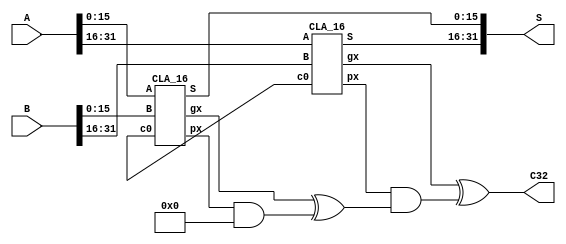
module adder_32bit(A,B,S,C32);
     input [32:1] A;
     input [32:1] B;
     output [32:1] S;
     output C32;

     wire px1,gx1,px2,gx2;
     wire c16;

  CLA_16 CLA1(
      .A(A[16:1]),
        .B(B[16:1]),
        .c0(),
        .S(S[16:1]),
        .px(px1),
        .gx(gx1)
    );

  CLA_16 CLA2(
        .A(A[32:17]),
          .B(B[32:17]),
          .c0(),
          .S(S[32:17]),
          .px(px2),
          .gx(gx2)
    );

  assign c16 = gx1 ^ (px1 && 0), //c0 = 0
         C32 = gx2 ^ (px2 && c16);
endmodule

module CLA_16(A,B,c0,S,px,gx);
    input [16:1] A;
    input [16:1] B;
    input c0;
    output gx,px;
    output [16:1] S;

    wire c4,c8,c12;
    wire Pm1,Gm1,Pm2,Gm2,Pm3,Gm3,Pm4,Gm4;

    adder_4 adder1(
         .x(A[4:1]),
          .y(B[4:1]),
          .c0(c0),
          .c4(),
          .F(S[4:1]),
          .Gm(Gm1),
          .Pm(Pm1)
    );

    adder_4 adder2(
         .x(A[8:5]),
          .y(B[8:5]),
          .c0(c4),
          .c4(),
          .F(S[8:5]),
          .Gm(Gm2),
          .Pm(Pm2)
    );

    adder_4 adder3(
         .x(A[12:9]),
          .y(B[12:9]),
          .c0(c8),
          .c4(),
          .F(S[12:9]),
          .Gm(Gm3),
          .Pm(Pm3)
    );

    adder_4 adder4(
         .x(A[16:13]),
          .y(B[16:13]),
          .c0(c12),
          .c4(),
          .F(S[16:13]),
          .Gm(Gm4),
          .Pm(Pm4)
    );

    assign   c4 = Gm1 ^ (Pm1 & c0),
             c8 = Gm2 ^ (Pm2 & Gm1) ^ (Pm2 & Pm1 & c0),
             c12 = Gm3 ^ (Pm3 & Gm2) ^ (Pm3 & Pm2 & Gm1) ^ (Pm3 & Pm2 & Pm1 & c0);

    assign  px = Pm1 & Pm2 & Pm3 & Pm4,
            gx = Gm4 ^ (Pm4 & Gm3) ^ (Pm4 & Pm3 & Gm2) ^ (Pm4 & Pm3 & Pm2 & Gm1);
endmodule

module adder_4(x,y,c0,c4,F,Gm,Pm);
      input [4:1] x;
      input [4:1] y;
      input c0;
      output c4,Gm,Pm;
      output [4:1] F;

      wire p1,p2,p3,p4,g1,g2,g3,g4;
      wire c1,c2,c3;
      adder adder1(
                 .X(x[1]),
                     .Y(y[1]),
                     .Cin(c0),
                     .F(F[1]),
                     .Cout()
                );

      adder adder2(
                 .X(x[2]),
                     .Y(y[2]),
                     .Cin(c1),
                     .F(F[2]),
                     .Cout()
                );  

      adder adder3(
                 .X(x[3]),
                     .Y(y[3]),
                     .Cin(c2),
                     .F(F[3]),
                     .Cout()
                );

      adder adder4(
                 .X(x[4]),
                     .Y(y[4]),
                     .Cin(c3),
                     .F(F[4]),
                     .Cout()
                );      

        CLA CLA(
            .c0(c0),
            .c1(c1),
            .c2(c2),
            .c3(c3),
            .c4(c4),
            .p1(p1),
            .p2(p2),
            .p3(p3),
            .p4(p4),
            .g1(g1),
            .g2(g2),
            .g3(g3),
            .g4(g4)
        );



  assign   p1 = x[1] ^ y[1],      
           p2 = x[2] ^ y[2],
           p3 = x[3] ^ y[3],
           p4 = x[4] ^ y[4];

  assign   g1 = x[1] & y[1],
           g2 = x[2] & y[2],
           g3 = x[3] & y[3],
           g4 = x[4] & y[4];

  assign Pm = p1 & p2 & p3 & p4,
         Gm = g4 ^ (p4 & g3) ^ (p4 & p3 & g2) ^ (p4 & p3 & p2 & g1);
endmodule

module CLA(c0,c1,c2,c3,c4,p1,p2,p3,p4,g1,g2,g3,g4);

     input c0,g1,g2,g3,g4,p1,p2,p3,p4;
     output c1,c2,c3,c4;

     assign c1 = g1 ^ (p1 & c0),
            c2 = g2 ^ (p2 & g1) ^ (p2 & p1 & c0),
            c3 = g3 ^ (p3 & g2) ^ (p3 & p2 & g1) ^ (p3 & p2 & p1 & c0),
            c4 = g4^(p4&g3)^(p4&p3&g2)^(p4&p3&p2&g1)^(p4&p3&p2&p1&c0);
endmodule

module adder(X,Y,Cin,F,Cout);

  input X,Y,Cin;
  output F,Cout;

  assign F = X ^ Y ^ Cin;
  assign Cout = (X ^ Y) & Cin | X & Y;
endmodule